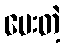
ပေးတဲ့